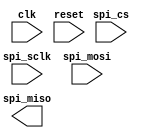
module spi_controller (
    input wire clk,
    input wire reset,
    input wire spi_cs,
    input wire spi_sclk,
    input wire spi_mosi,
    output wire spi_miso
);

// Define SPI controller logic here
// Clock signal generation module

// Data transfer timing control module

// Data synchronization module

// Communication protocol handling module

endmodule